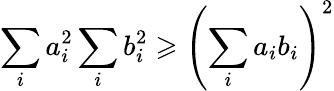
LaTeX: \sum_{i}a_{i}^{2}\sum_{i}b_{i}^{2}\geqslant\left(\sum_{i}a_{i}b_{i}\right)^{2}